Vaccine operations Central Provinces 1886-1899 - 1886-1899
Year: 1886
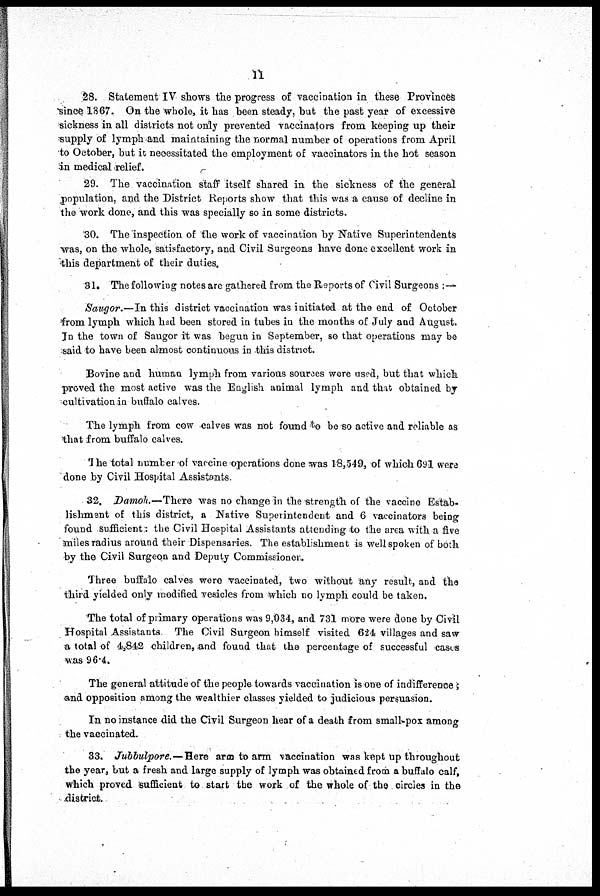
11
28. Statement IV shows the progress of vaccination in these Provinces
since 1867. On the whole, it has been steady, but the past year of excessive
sickness in all districts not only prevented vaccinators from keeping up their
supply of lymph and maintaining the normal number of operations from April
to October, but it necessitated the employment of vaccinators in the hot season
in medical relief.
29. The vaccination staff itself shared in the sickness of the general
population, and the District Reports show that this was a cause of decline in
the work done, and this was specially so in some districts.
30. The inspection of the work of vaccination by Native Superintendents
was, on the whole, satisfactory, and Civil Surgeons have done excellent work in
this department of their duties.
31. The following notes are gathered from the Reports of Civil Surgeons :—
Saugor.—In this district vaccination was initiated at the end of October
from lymph which had been stored in tubes in the months of July and August.
In the town of Saugor it was begun in September, so that operations may be
said to have been almost continuous in this district.
Bovine and human lymph from various sources were used, but that which
proved the most active was the English animal lymph and that obtained by
cultivation in buftalo calves.
The lymph from cow calves was not found to be so active and reliable as
that from buffalo calves.
The total number of vaccine operations done was 18,549, of which 691 were
done by Civil Hospital Assistants.
32. Damoh.—There was no change in the strength of the vaccine Estab-
lishment of this district, a Native Superintendent and 6 vaccinators being
found sufficient: the Civil Hospital Assistants attending to the area with a five
miles radius around their Dispensaries. The establishment is well spoken of both
by the Civil Surgeon and Deputy Commissioner.
Three buffalo calves were vaccinated, two without any result, and the
third yielded only modified vesicles from which no lymph could be taken.
The total of primary operations was 9,034, and 731 more were done by Civil
Hospital Assistants The Civil Surgeon himself visited 624 villages and saw
a total of 4,842 children, and found that the percentage of successful cases
was 96.4.
The general attitude of the people towards vaccination is one of indifference
and opposition among the wealthier classes yielded to judicious persuasion.
In no instance did the Civil Surgeon hear of a death from small-pox among
the vaccinated.
33. Jubbulpore.—Here arm to arm vaccination was kept up throughout
the year, but a fresh and large supply of lymph was obtained from a buffalo calf,
which proved sufficient to start the work of the whole of the circles in the
district.